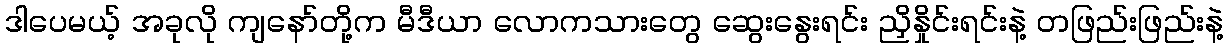
ဒါပေမယ့် အခုလို ကျနော်တို့က မီဒီယာ လောကသားတွေ ဆွေးနွေးရင်း ညှိနှိုင်းရင်းနဲ့ တဖြည်းဖြည်းနဲ့